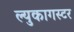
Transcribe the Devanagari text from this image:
ल्युकागस्टर